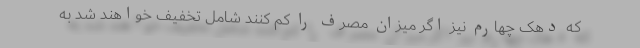
که دهک چهارم نیز اگر میزان مصرف را کم کنند شامل تخفیف خواهند شد به